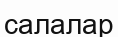
салалар